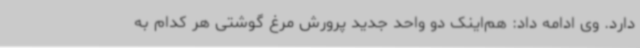
دارد. وی ادامه داد: هم‌اینک دو واحد جدید پرورش مرغ گوشتی هر کدام به